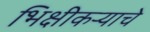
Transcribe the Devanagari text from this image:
भिक्षीकऱ्याचे